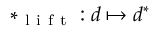
* _ { \mathrm { ~ l ~ i ~ f ~ t ~ } } : d \mapsto d ^ { * }